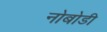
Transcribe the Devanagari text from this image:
नोबोडी